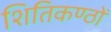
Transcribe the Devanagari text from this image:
शितिकण्ठों